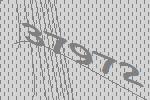
37972